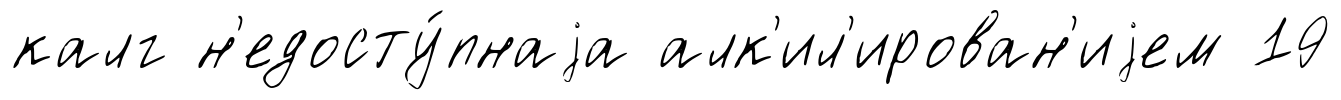
калг н'едосту́пнаjа алк'ил'ирован'иjем 19